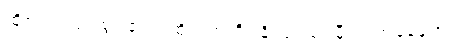
ထိုစကားသင့်စွ။ ဧတံ၊ ထိုသုရာကို။ နိဿာယ၊ မှီ၍။ အနေကေ၊